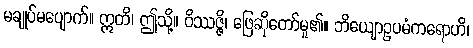
မချုပ်မပျောက်။ ဣတိ၊ ဤသို့။ ဝိဿဇ္ဇိ၊ ဖြေဆိုတော်မူ၏။ ဘိယျောဥပမံကရောဟိ၊